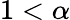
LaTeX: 1<\alpha